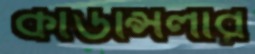
কাউন্সিলার